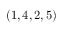
\left( 1 , 4 , 2 , 5 \right)